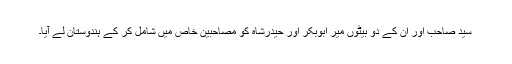
سید صاحب اور ان کے دو بیٹوں میر ابوبکر اور حیدرشاہ کو مصاحبین خاص میں شامل کر کے ہندوستان لے آیا۔